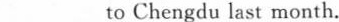
___ to Chengdu last month.